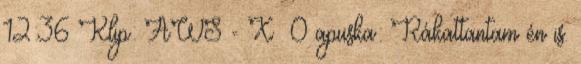
12:36 Klip: AWS - X 0 apuska: Rákattantam én is.